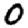
Digit: 0